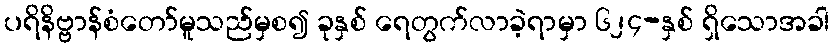
ပရိနိဗ္ဗာန်စံတော်မူသည်မှစ၍ ခုနှစ် ရေတွက်လာခဲ့ရာမှာ ၆၂၄-နှစ် ရှိသောအခါ